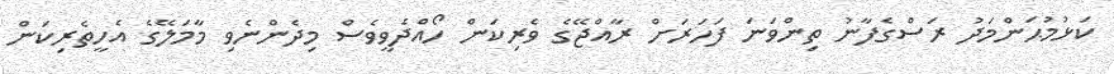
ކަޅުމުޙަންމަދު ރަސްގެފާނު ތިންވަނަ ފަހަރަށް ރާއްޖޭގެ ވެރިކަން ހޯއްދެވީވެސް މިދެންނެވި މާމަލޭގެ އެހީތެރިކަން